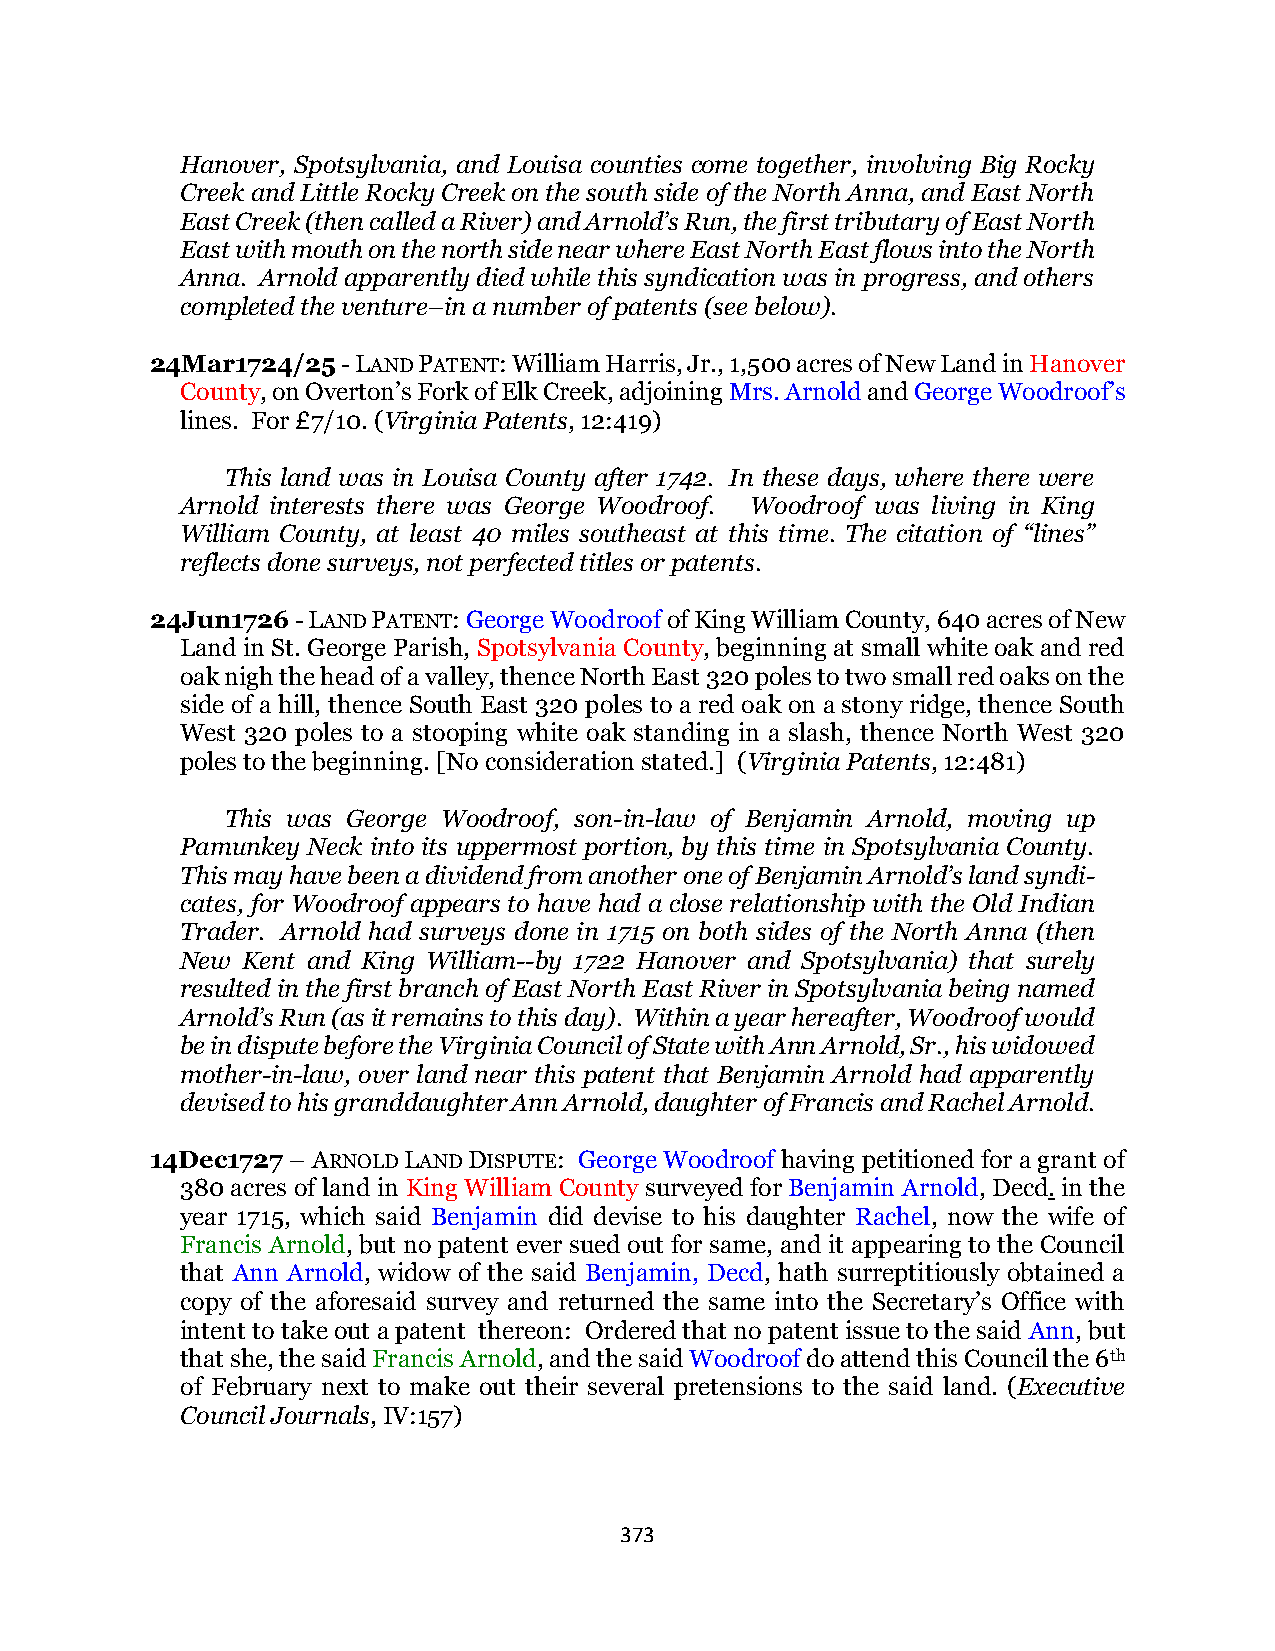
Hanover, Spotsylvania, and Louisa counties come together, involving Big Rocky
 Creek and Little Rocky Creek on the south side of the North Anna, and East North
 East Creek (then called a River) and Arnold’s Run, the first tributary of East North
 East with mouth on the north side near where East North East flows into the North
 Anna. Arnold apparently died while this syndication was in progress, and others
 completed the venture–in a number of patents (see below).
 24Mar1724/25 - LAND PATENT: William Harris, Jr., 1,500 acres of New Land in Hanover
 County, on Overton’s Fork of Elk Creek, adjoining Mrs. Arnold and George Woodroof’s
 lines. For £7/10. (Virginia Patents, 12:419)
 This land was in Louisa County after 1742. In these days, where there were
 Arnold interests there was George Woodroof. Woodroof was living in King
 William County, at least 40 miles southeast at this time. The citation of “lines”
 reflects done surveys, not perfected titles or patents.
 24Jun1726 - LAND PATENT: George Woodroof of King William County, 640 acres of New
 Land in St. George Parish, Spotsylvania County, beginning at small white oak and red
 oak nigh the head of a valley, thence North East 320 poles to two small red oaks on the
 side of a hill, thence South East 320 poles to a red oak on a stony ridge, thence South
 West 320 poles to a stooping white oak standing in a slash, thence North West 320
 poles to the beginning. [No consideration stated.] (Virginia Patents, 12:481)
 This was George Woodroof, son-in-law of Benjamin Arnold, moving up
 Pamunkey Neck into its uppermost portion, by this time in Spotsylvania County.
 This may have been a dividend from another one of Benjamin Arnold’s land syndi-
 cates, for Woodroof appears to have had a close relationship with the Old Indian
 Trader. Arnold had surveys done in 1715 on both sides of the North Anna (then
 New Kent and King William--by 1722 Hanover and Spotsylvania) that surely
 resulted in the first branch of East North East River in Spotsylvania being named
 Arnold’s Run (as it remains to this day). Within a year hereafter, Woodroof would
 be in dispute before the Virginia Council of State with Ann Arnold, Sr., his widowed
 mother-in-law, over land near this patent that Benjamin Arnold had apparently
 devised to his granddaughter Ann Arnold, daughter of Francis and Rachel Arnold.
 14Dec1727 – ARNOLD LAND DISPUTE: George Woodroof having petitioned for a grant of
 380 acres of land in King William County surveyed for Benjamin Arnold, Decd. in the
 year 1715, which said Benjamin did devise to his daughter Rachel, now the wife of
 Francis Arnold, but no patent ever sued out for same, and it appearing to the Council
 that Ann Arnold, widow of the said Benjamin, Decd, hath surreptitiously obtained a
 copy of the aforesaid survey and returned the same into the Secretary’s Office with
 intent to take out a patent thereon: Ordered that no patent issue to the said Ann, but
 that she, the said Francis Arnold, and the said Woodroof do attend this Council the 6th
 of February next to make out their several pretensions to the said land. (Executive
 Council Journals, IV:157)
 373